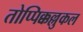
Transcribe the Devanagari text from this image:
तोप्पिक्कल्लुकल